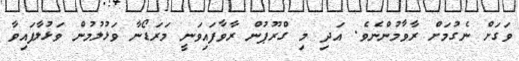
ވަގަށް ނެގުމަށް ރާވާމުންނެވެ. އަދި މި ގްރޫޕުން ރާވާފައިވަނީ މަރަޑޯނާ ވަޅުލުމުން ވަޅުލާފައިވާ